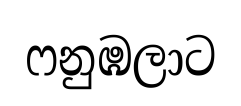
ෆනුඹලාට